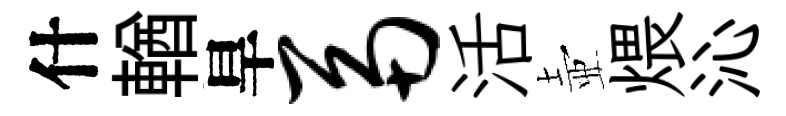
什輶旱鬲活壺煨沁